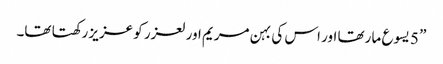
” 5 یسوع ما رتھا اور اس کی بہن مریم اور لعزر کو عزیز رکھتا تھا۔